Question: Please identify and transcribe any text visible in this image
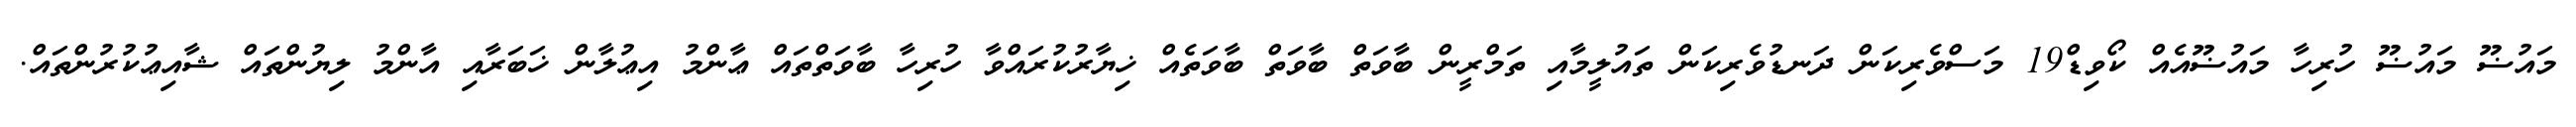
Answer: މައުޟޫ މައުޟޫ ހުރިހާ މައުޟޫއެއް ކޯވިޑް19 މަސްވެރިކަން ދަނޑުވެރިކަން ތައުލީމާއި ތަމްރީން ބާވަތް ބާވަތް ބާވަތެއް ޚިޔާރުކުރައްވާ ހުރިހާ ބާވަތްތައް ޢާންމު އިޢުލާން ޚަބަރާއި އާންމު ލިޔުންތައް ޝާއިޢުކުރުންތައް.